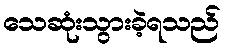
သေဆုံးသွားခဲ့ရသည်